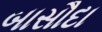
બાસૌદા